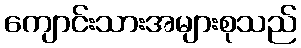
ကျောင်းသားအများစုသည်